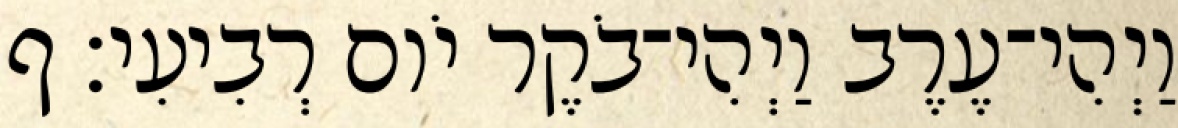
וַיְהִי־עֶרֶב וַיְהִי־בֹקֶר יֹום רְבִיעִי׃ ף